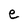
Character: e